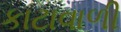
કાટાવાળી